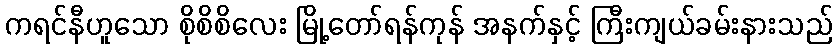
ကရင်နီဟူသော စိုစိစိလေး မြို့တော်ရန်ကုန် အနက်နှင့် ကြီးကျယ်ခမ်းနားသည်